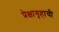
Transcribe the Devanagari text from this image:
प्रेक्षागृहाची